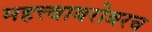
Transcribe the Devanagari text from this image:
महत्त्वाबरोबरच